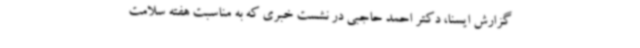
گزارش ایسنا، دکتر احمد حاجبی در نشست خبری که به مناسبت هفته سلامت